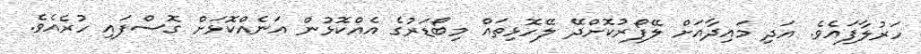
ހަރުލާފައެވެ. އަދި މައިދާއަށް ލޭފޯރުކޮށްދޭ ލޭހޮޅިތައް މިބޯޑަރުގެ އެއްކޮޅުން އަނެއްކޮޅަށް ގޮސްފައި ހުރެއެވެ.